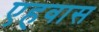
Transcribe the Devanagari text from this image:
एहवास